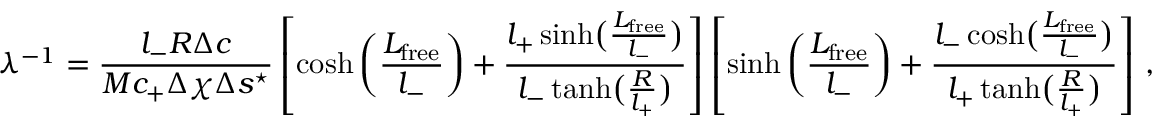
\lambda ^ { - 1 } = \frac { l _ { - } R \Delta c } { M c _ { + } \Delta \chi \Delta s ^ { \star } } \left[ \cosh \left( \frac { L _ { \mathrm { f r e e } } } { l _ { - } } \right) + \frac { l _ { + } \sinh \bigl ( \frac { L _ { \mathrm { f r e e } } } { l _ { - } } \bigr ) } { l _ { - } \operatorname { t a n h } \bigl ( \frac { R } { l _ { + } } \bigr ) } \right] \left[ \sinh \left( \frac { L _ { \mathrm { f r e e } } } { l _ { - } } \right) + \frac { l _ { - } \cosh \bigl ( \frac { L _ { \mathrm { f r e e } } } { l _ { - } } \bigr ) } { l _ { + } \operatorname { t a n h } \bigl ( \frac { R } { l _ { + } } \bigr ) } \right] \, ,